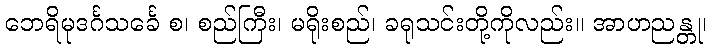
ဘေရိမုဒင်္ဂသင်္ခေ စ၊ စည်ကြီး၊ မရိုးစည်၊ ခရုသင်းတို့ကိုလည်း။ အာဟညန္တု၊